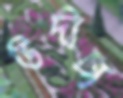
উদীচ্য